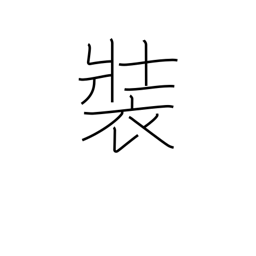
Meaning: profess